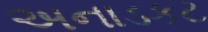
અનાડકટ